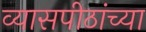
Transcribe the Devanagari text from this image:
व्यासपीठांच्या